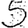
Digit: 5